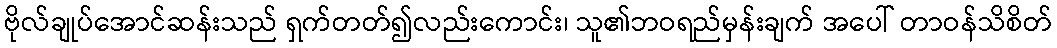
ဗိုလ်ချုပ်အောင်ဆန်းသည် ရှက်တတ်၍လည်းကောင်း၊ သူ၏ဘဝရည်မှန်းချက် အပေါ် တာဝန်သိစိတ်